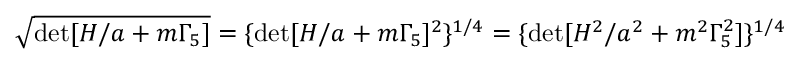
\sqrt { \operatorname * { d e t } [ H / a + m \Gamma _ { 5 } ] } = \{ \operatorname * { d e t } [ H / a + m \Gamma _ { 5 } ] ^ { 2 } \} ^ { 1 / 4 } = \{ \operatorname * { d e t } [ H ^ { 2 } / a ^ { 2 } + m ^ { 2 } \Gamma _ { 5 } ^ { 2 } ] \} ^ { 1 / 4 }